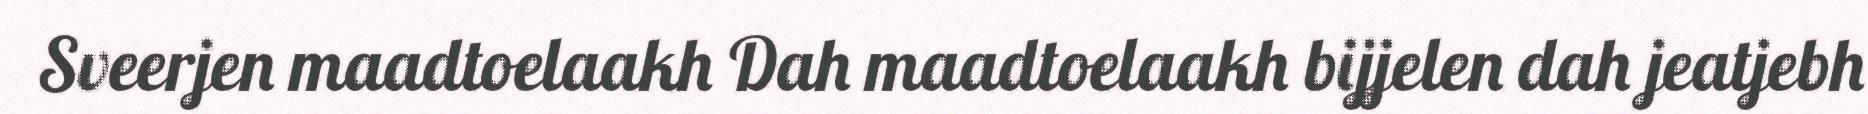
Sveerjen maadtoelaakh Dah maadtoelaakh bijjelen dah jeatjebh